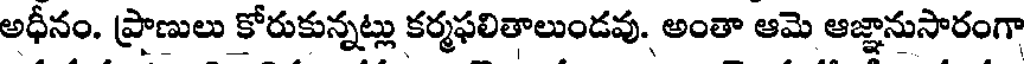
అధీనం. ప్రాణులు కోరుకున్నట్లు కర్మఫలితాలుండవు. అంతా ఆమె ఆజ్ఞానుసారంగా